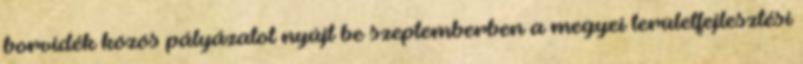
borvidék közös pályázatot nyújt be szeptemberben a megyei területfejlesztési